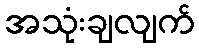
အသုံးချလျက်